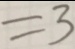
= 3